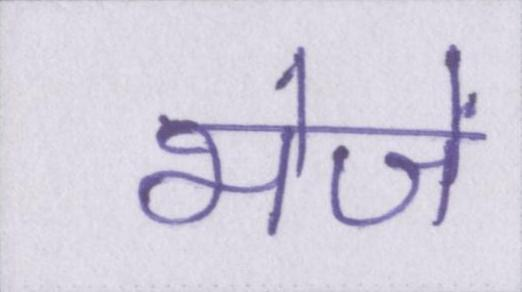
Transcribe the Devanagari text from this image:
भेजें